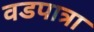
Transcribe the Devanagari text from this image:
वडपात्रा